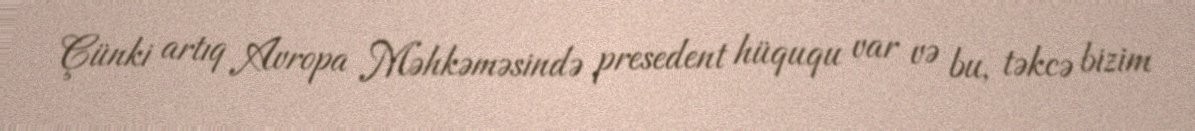
Çünki artıq Avropa Məhkəməsində presedent hüququ var və bu, təkcə bizim